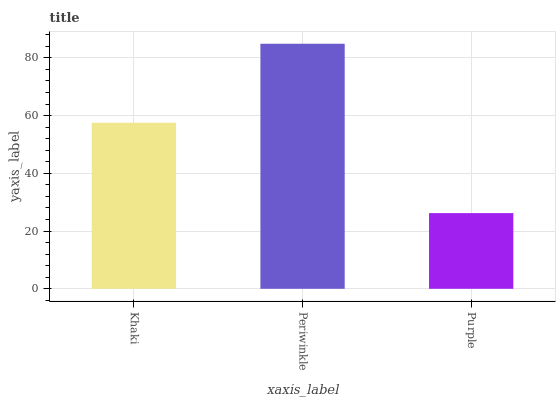
| xaxis_label | bars |
 | --- | --- |
 | Khaki | 57.5 |
 | Periwinkle | 84.9 |
 | Purple | 26.2 |